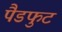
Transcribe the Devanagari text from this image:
पैडफुट